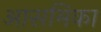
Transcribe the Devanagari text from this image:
आसमिका